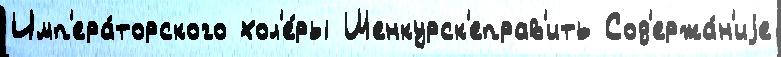
Имп'ера́торского хол'е́ры Шенкурск'еправ'ить Сод'ержа́н'иjе